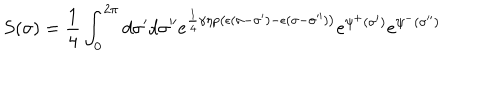
S ( \sigma ) = \frac { 1 } { 4 } \int _ { 0 } ^ { 2 \pi } d \sigma ^ { \prime } d \sigma ^ { \prime \prime } e ^ { \frac { 1 } { 4 } \gamma \eta p \left( \epsilon ( \sigma - \sigma ^ { \prime } ) - \epsilon ( \sigma - \sigma ^ { \prime \prime } ) \right) } e ^ { \psi ^ { + } ( \sigma ^ { \prime } ) } e ^ { \psi ^ { - } ( \sigma ^ { \prime \prime } ) }